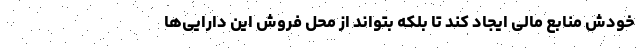
خودش منابع مالی ایجاد کند تا بلکه بتواند از محل فروش این دارایی‌ها